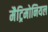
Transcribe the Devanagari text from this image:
मैट्रिमोनियल